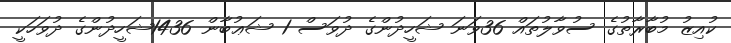
ކުއިޒު މުބާރާތުގެ ސުވާލުތައްް 36ވަނަ ޝަހީދުންގެ ދުވަސް 1 ޝަޢުބާން 1436ޝަހީދުންގެ ދުވަހަކީ